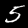
Digit: 5